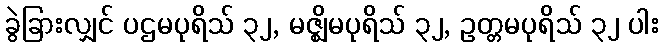
ခွဲခြားလျှင် ပဌမပုရိသ် ၃၂, မဇ္ဈိမပုရိသ် ၃၂, ဥတ္တမပုရိသ် ၃၂ ပါး